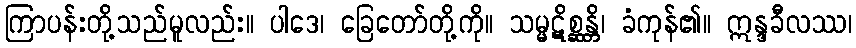
ကြာပန်းတို့သည်မူလည်း။ ပါဒေ၊ ခြေတော်တို့ကို။ သမ္မဋိစ္ဆန္တိ၊ ခံကုန်၏။ ဣန္ဒခီလဿ၊